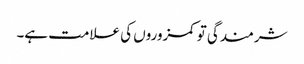
شرمندگی تو کمزوروں کی علامت ہے۔